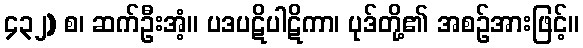
၄၃၂) စ၊ ဆက်ဦးအံ့။ ပဒပဋိပါဋိကာ၊ ပုဒ်တို့၏ အစဉ်အားဖြင့်။